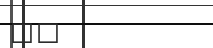
١١